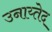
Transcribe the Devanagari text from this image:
उनाय्तेद